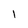
Character: 1